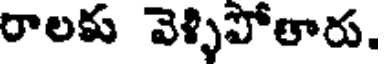
రాలకు వెళ్ళిపోతారు.